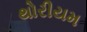
થોરીયમ